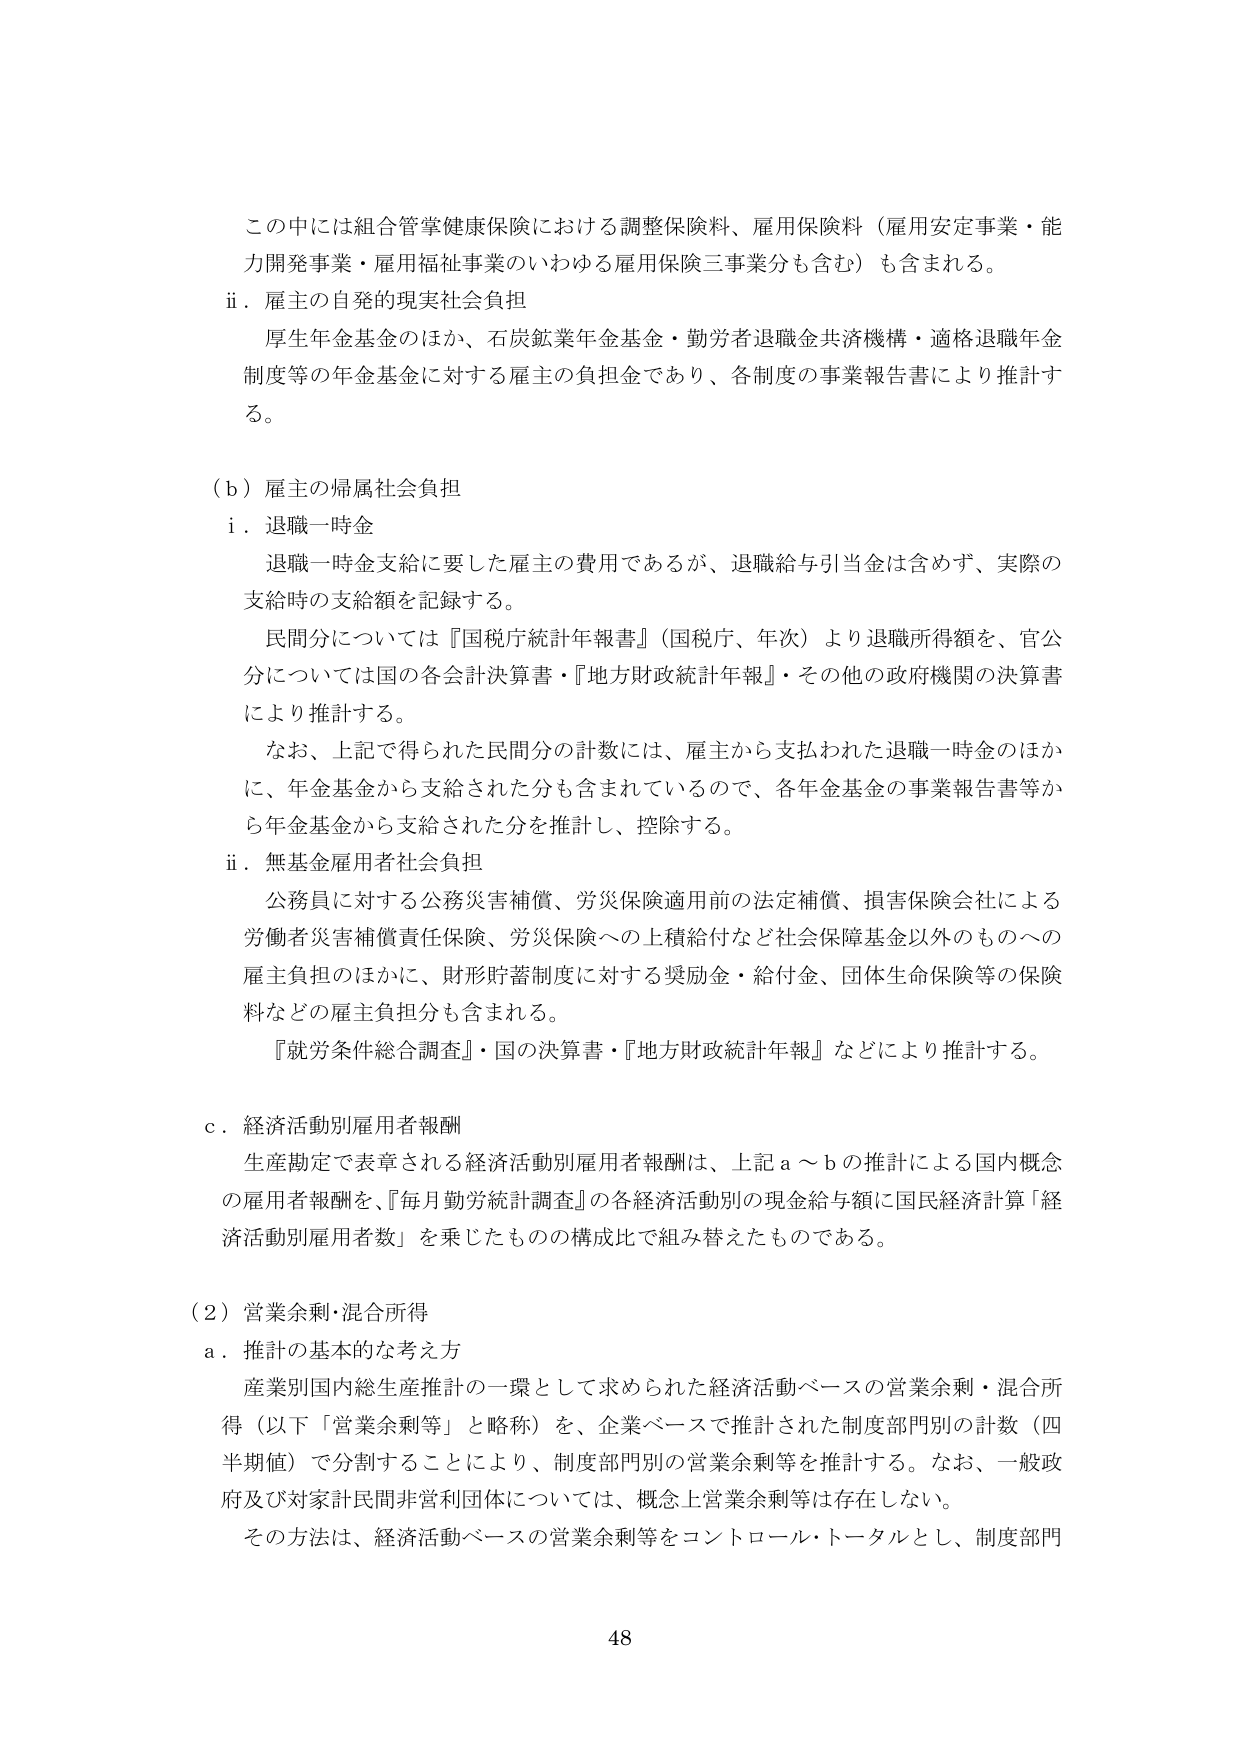
この中には組合管掌健康保険における調整保険料、雇用保険料（雇用安定事業・能力開発事業・雇用福祉事業のいわゆる雇用保険三事業分も含む）も含まれる。

ii．雇主の自発的現実社会負担
厚生年金基金のほか、石炭鉱業年金基金・勤労者退職金共済機構・適格退職年金制度等の年金基金に対する雇主の負担金であり、各制度の事業報告書により推計する。

（b）雇主の帰属社会負担
i．退職一時金
退職一時金支給に要した雇主の費用であるが、退職給与引当金は含めず、実際の支給時の支給額を記録する。
民間分については『国税庁統計年報書』（国税庁、年次）より退職所得額を、官公分については国の各会計決算書・『地方財政統計年報』・その他の政府機関の決算書により推計する。
なお、上記で得られた民間分の計数には、雇主から支払われた退職一時金のほかに、年金基金から支給された分も含まれているので、各年金基金の事業報告書等から年金基金から支給された分を推計し、控除する。

ii．無基金雇用者社会負担
公務員に対する公務災害補償、労災保険適用前の法定補償、損害保険会社による労働者災害補償責任保険、労災保険への上積給付など社会保障基金以外のものへの雇主負担のほかに、財形貯蓄制度に対する奨励金・給付金、団体生命保険等の保険料などの雇主負担分も含まれる。
『就労条件総合調査』・国の決算書・『地方財政統計年報』などにより推計する。

c．経済活動別雇用者報酬
生産勘定で表章される経済活動別雇用者報酬は、上記a～bの推計による国内概念の雇用者報酬を、『毎月勤労統計調査』の各経済活動別の現金給与額に国民経済計算「経済活動別雇用者数」を乗じたものの構成比で組み替えたものである。

（2）営業余剰・混合所得
a．推計の基本的な考え方
産業別国内総生産推計の一環として求められた経済活動ベースの営業余剰・混合所得（以下「営業余剰等」と略称）を、企業ベースで推計された制度部門別の計数（四半期値）で分割することにより、制度部門別の営業余剰等を推計する。なお、一般政府及び対象計民間非営利団体については、概念上営業余剰等は存在しない。
その方法は、経済活動ベースの営業余剰等をコントロール・トータルとし、制度部門

48